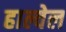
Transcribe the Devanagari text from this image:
हाल्वेल